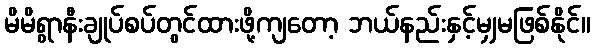
မိမိရွာနီးချုပ်စပ်တွင်ထားဖို့ကျတော့ ဘယ်နည်းနှင့်မျှမဖြစ်နိုင်။